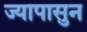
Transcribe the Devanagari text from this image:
ज्यापासुन